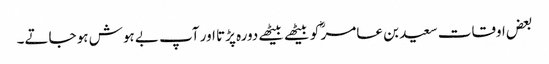
بعض اوقات سعید بن عامر ؓ کو بیٹھے بیٹھے دورہ پڑتا اور آپ بے ہوش ہو جاتے۔